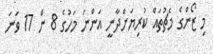
މި ޒޯންގެ މެޗުތައް ކުރިޔަށްދާނީ އަންނަ މަހުގެ 8 ން 17 ވަނަ